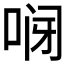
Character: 𱒸